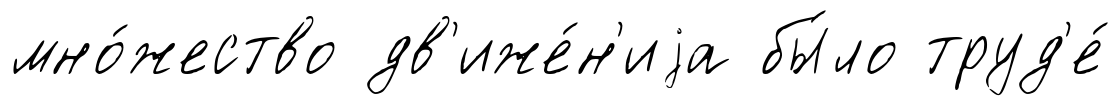
мно́жество дв'иже́н'иjа бы́ло труд'е́